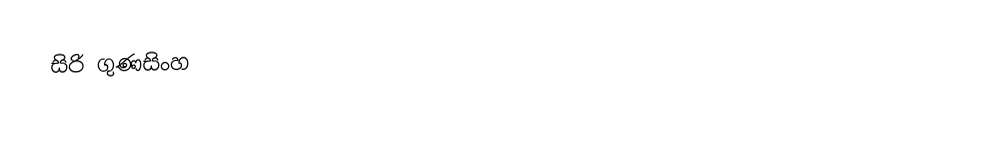
සිරි ගුණසිංහ